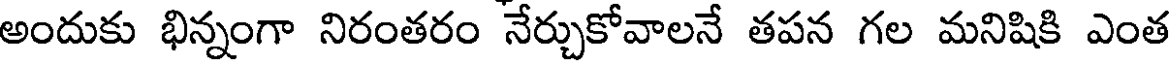
అందుకు భిన్నంగా నిరంతరం నేర్చుకోవాలనే తపన గల మనిషికి ఎంత